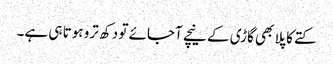
کتے کا پلا بھی گاڑی کے نیچے آجائے تو دکھ ترو ہوتا ہی ہے۔